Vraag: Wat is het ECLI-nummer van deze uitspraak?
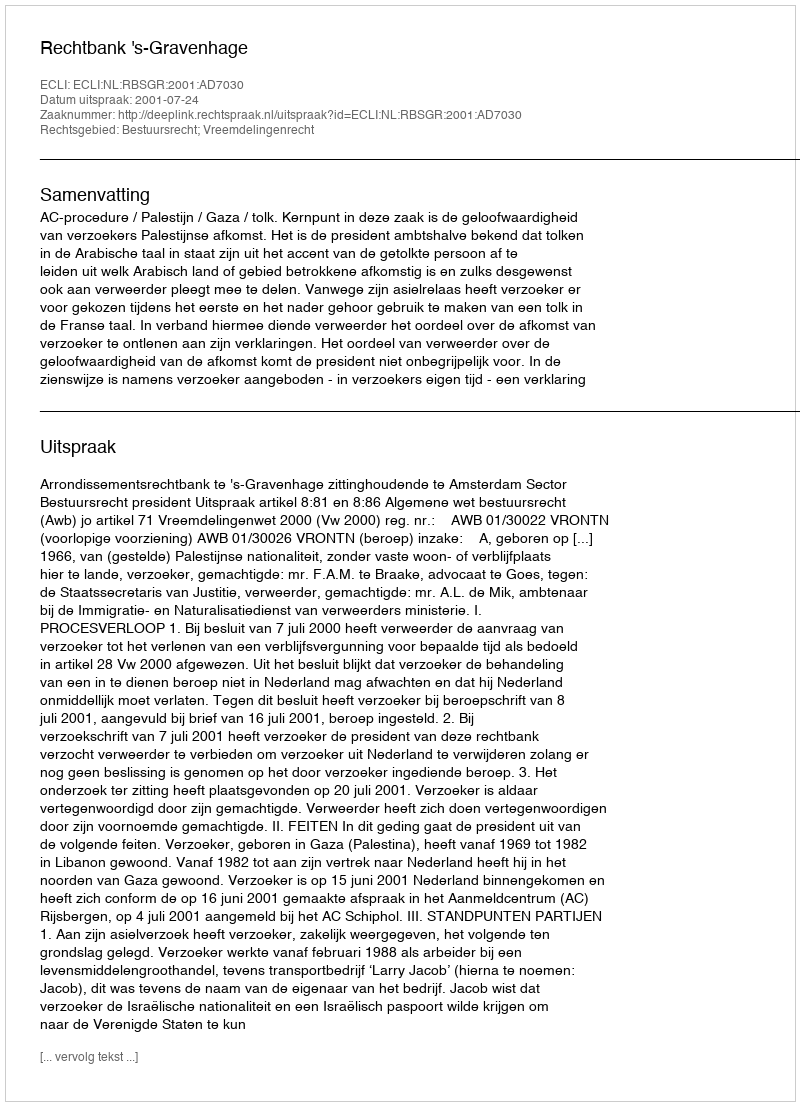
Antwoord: ECLI:NL:RBSGR:2001:AD7030